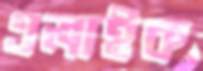
এলাইক